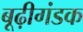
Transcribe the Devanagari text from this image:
बूढ़ीगंडक